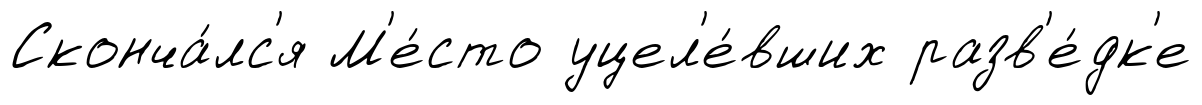
Сконча́лс'я М'е́сто уцел'е́вших разв'е́дк'е